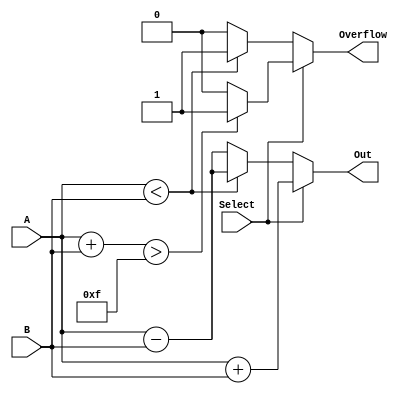
module Adder_Subtractor(A, B, Select, Out, Overflow);

input [3:0] A, B;
input Select;

output [3:0] Out;
output Overflow;

reg [3:0] Out;
reg Overflow;

reg TempA;
reg TempB;

always @(A or B or Select)
begin
	TempB = 0;
	if(Select)
	begin
		TempA = 0;
		Overflow = {TempA, A} + {TempB, B} > 5'b01111 ? 1 : 0;
		Out = A + B;
	end
	else
	begin
		TempA = 1;
		Overflow = A < B ? 1 : 0;
		Out = A < B ? {TempA, A} - {TempB, B} : A - B;
	end
end

endmodule